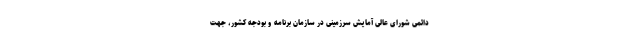
دائمی شورای عالی آمایش سرزمینی در سازمان برنامه و بودجه کشور، جهت